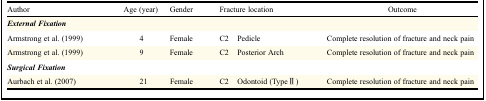
<table><thead><tr><td><b>Author</b></td><td><b>Age (year)</b></td><td><b>Gender</b></td><td><b>Fracture location</b></td><td><b>Outcome</b></td></tr></thead><tbody><tr><td><i><b>External Fixation</b></i></td><td></td><td></td><td></td><td></td><td></td></tr><tr><td>Armstrong et al. (1999)</td><td>4</td><td>Female</td><td>C2</td><td>Pedicle</td><td>Complete resolution of fracture and neck pain</td></tr><tr><td>Armstrong et al. (1999)</td><td>9</td><td>Female</td><td>C2</td><td>Posterior Arch</td><td>Complete resolution of fracture and neck pain</td></tr><tr><td><i><b>Surgical Fixation</b></i></td><td></td><td></td><td></td><td></td><td></td></tr><tr><td>Aurbach et al. (2007)</td><td>21</td><td>Female</td><td>C2</td><td>Odontoid (TypeII)</td><td>Complete resolution of fracture and neck pain</td></tr></tbody></table>